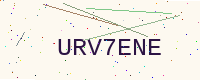
Text: URV7ENE